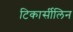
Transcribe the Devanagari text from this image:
टिकार्सीलिन